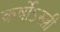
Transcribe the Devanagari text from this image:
कर्षोऽस्त्री